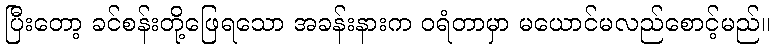
ပြီးတော့ ခင်စန်းတို့ဖြေရသော အခန်းနားက ဝရံတာမှာ မယောင်မလည်စောင့်မည်။